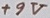
Text: +9V